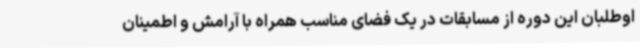
اوطلبان این دوره از مسابقات در یک فضای مناسب همراه با آرامش و اطمینان